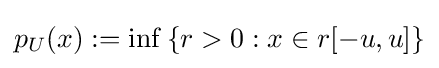
p_{U}(x):=\inf \left\{r>0:x\in r[-u,u]\right\}